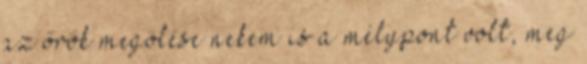
az őrök megölése nekem is a mélypont volt, meg